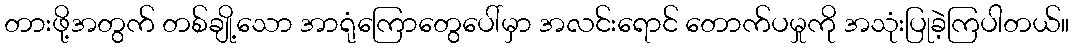
တားဖို့အတွက် တစ်ချို့သော အာရုံကြောတွေပေါ်မှာ အလင်းရောင် တောက်ပမှုကို အသုံးပြုခဲ့ကြပါတယ်။